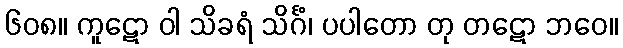
၆၀၈။ ကူဋော ဝါ သိခရံ သိင်္ဂံ၊ ပပါတော တု တဋော ဘဝေ။